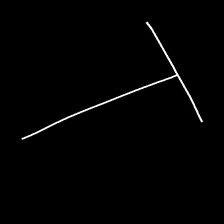
Glyph: column